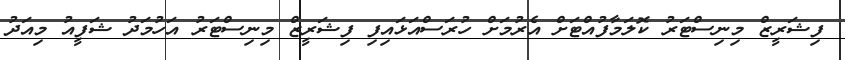
ފިޝަރީޒް މިނިސްޓަރު ކޮލަމާފުއްޓަށް އެރުމަށް ހުރަސްއަޅައިފި ފިޝަރީޒް މިނިސްޓަރު އަހުމަދު ޝަފީއު މިއަދު